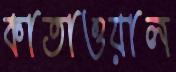
কাতাওয়াল